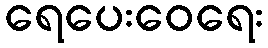
ရေပေးဝေရေး